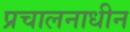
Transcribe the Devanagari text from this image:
प्रचालनाधीन